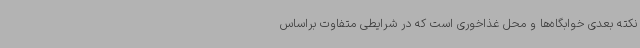
نکته بعدی خوابگاه‌ها و محل غذاخوری است که در شرایطی متفاوت براساس